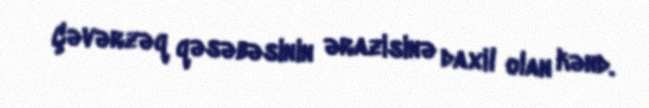
Çəvərzəq qəsəbəsinin ərazisinə daxil olan kənd.